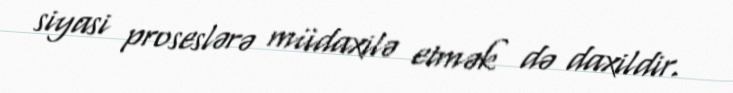
siyasi proseslərə müdaxilə etmək də daxildir.